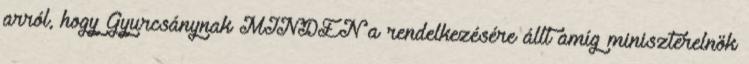
arról, hogy Gyurcsánynak MINDEN a rendelkezésére állt amíg miniszterelnök